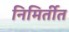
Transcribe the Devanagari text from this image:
निमिर्तीत